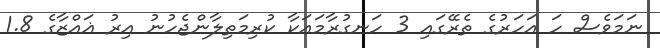
ނަމަވެސް ހަ އަހަރުގެ ތެރޭގައި 3 ހަނގުރާމައަކާ ކުރިމަތިލާންޖެހުނު އިރު ޣައްޒާގެ 1.8